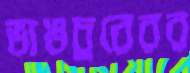
ভাঙচুরেরর